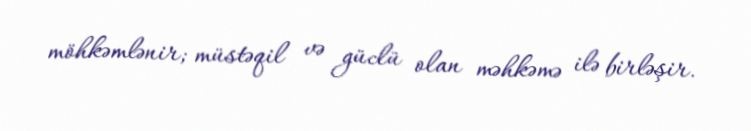
möhkəmlənir; müstəqil və güclü olan məhkəmə ilə birləşir.